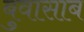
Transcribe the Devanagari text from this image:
बुवासाब